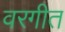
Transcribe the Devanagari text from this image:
वरगीत